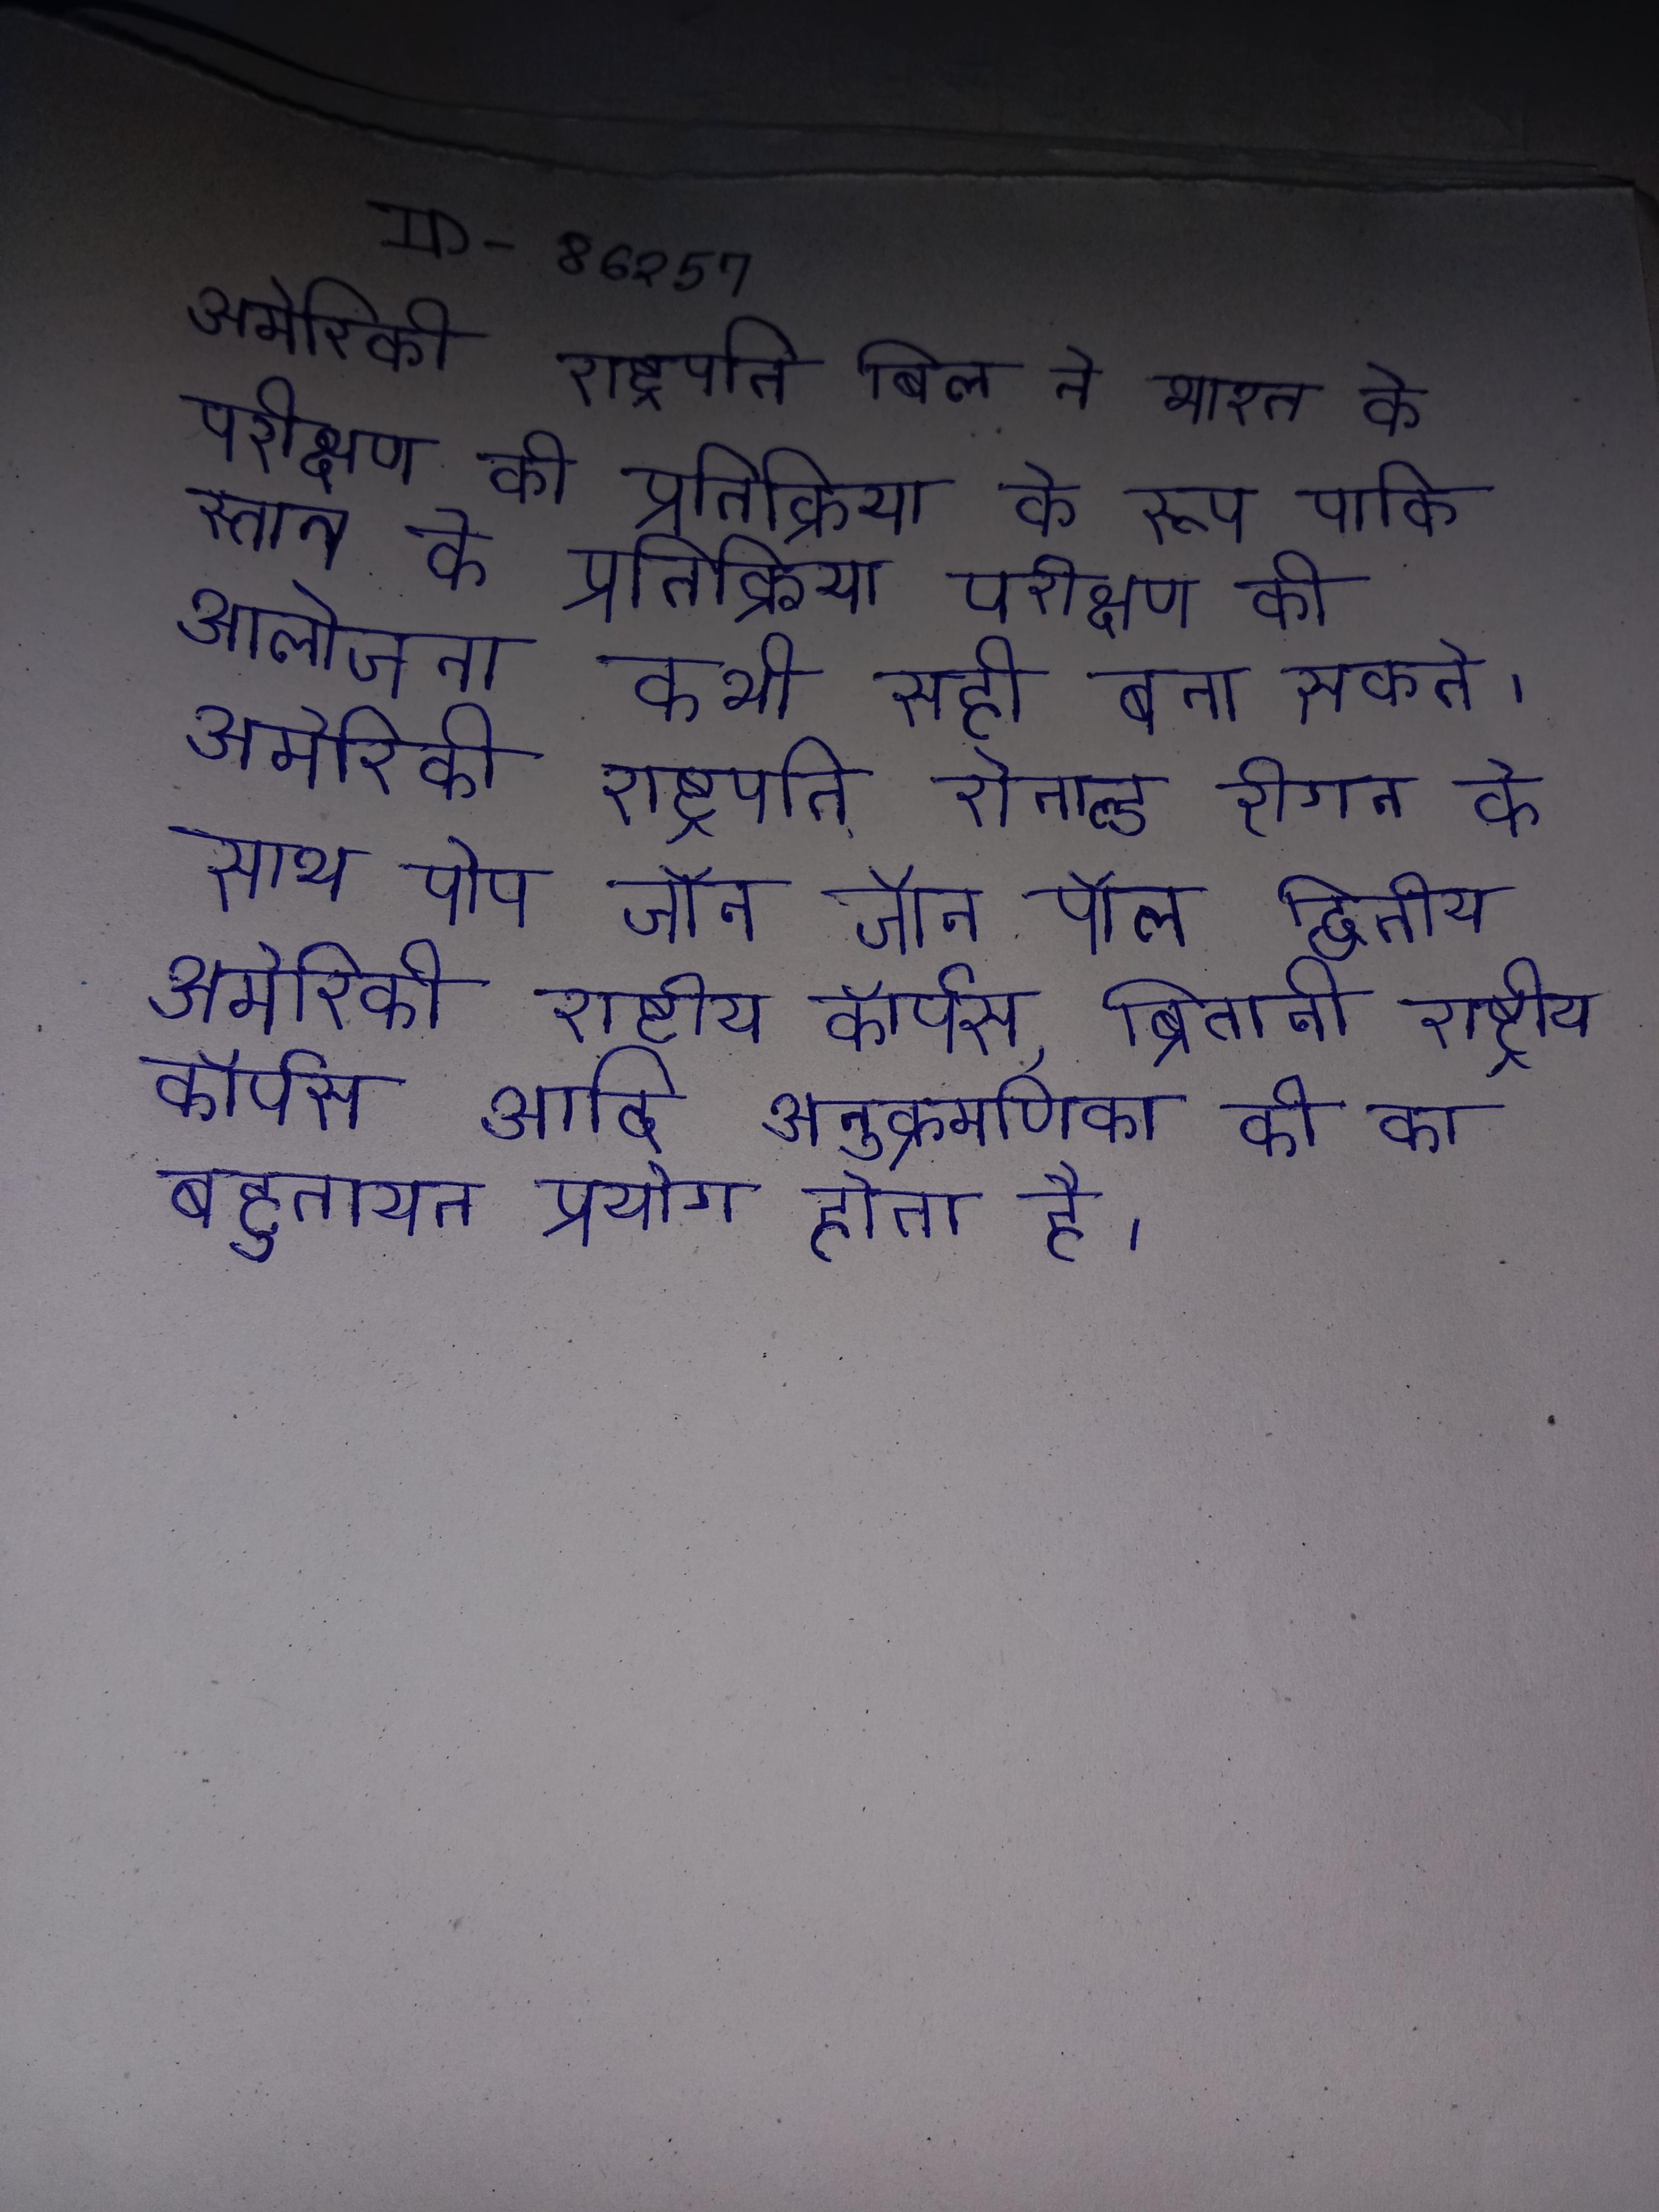
अमेरिकी राष्ट्रपति बिल ने भारत के परीक्षण की प्रतिक्रिया के रूप पाकिस्तान के परीक्षण की आलोचना कहा कि "दो गलत कभी सही बना सकते । अमेरिकी राष्ट्रपति रोनाल्ड रीगन के साथ पोप जॉन पॉल द्वितीय . अमेरिकी राष्ट्रीय कॉर्पस, ब्रितानी राष्ट्रीय कॉर्पस आदि अनुक्रमणिका की का बहुतायत प्रयोग होता है ।